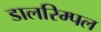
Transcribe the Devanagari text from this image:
डालरिम्पल